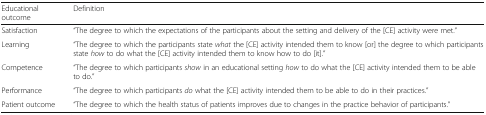
| Educational outcome | Definition |
 | --- | --- |
 | Satisfaction | “The degree to which the expectations of the participants about the setting and delivery of the [CE] activity were met.” |
 | Learning | “The degree to which the participants state what the [CE] activity intended them to know [or] the degree to which participants state how to do what the [CE] activity intended them to know how to do [it].” |
 | Competence | “The degree to which participants show in an educational setting how to do what the [CE] activity intended them to be able to do.” |
 | Performance | “The degree to which participants do what the [CE] activity intended them to be able to do in their practices.” |
 | Patient outcome | “The degree to which the health status of patients improves due to changes in the practice behavior of participants.” |